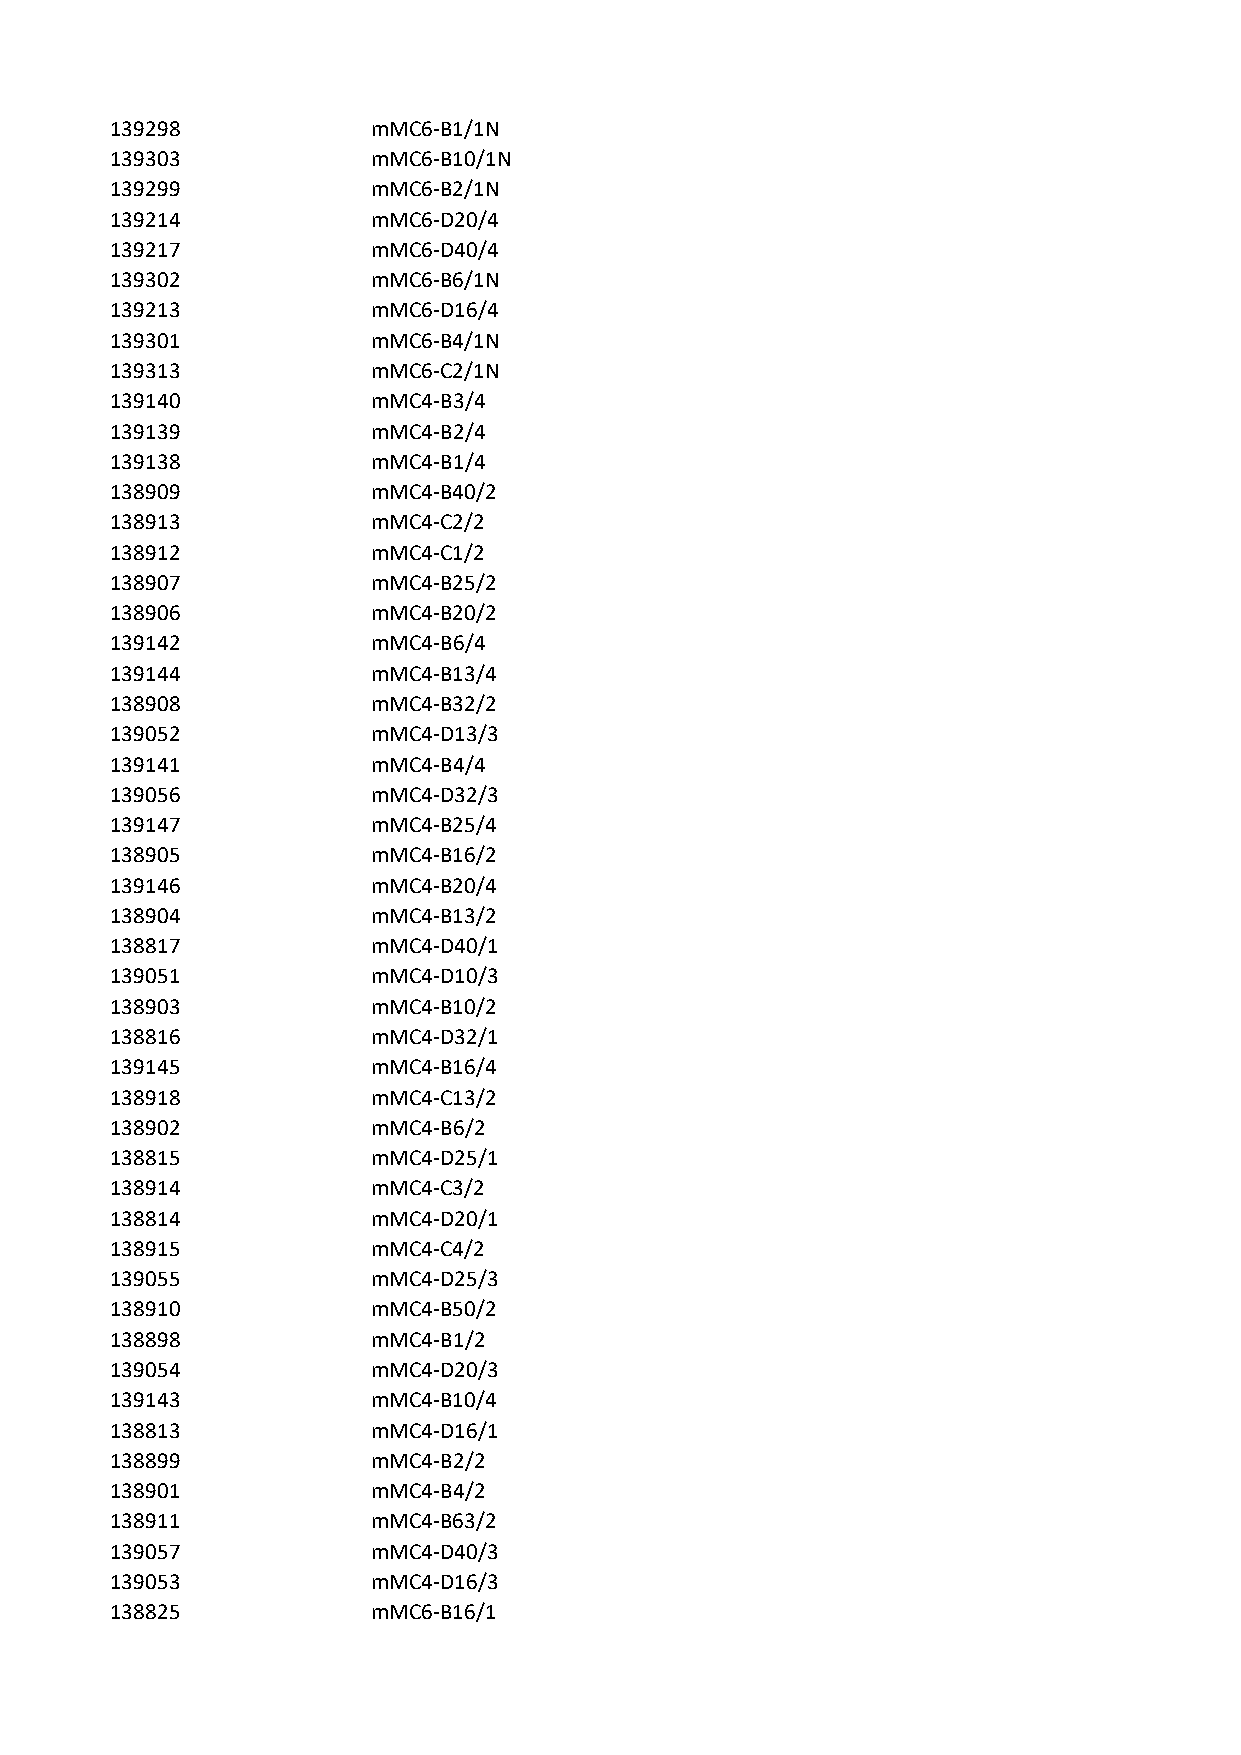
139298            mMC6-B1/1N
 139303            mMC6-B10/1N
 139299            mMC6-B2/1N
 139214            mMC6-D20/4
 139217            mMC6-D40/4
 139302            mMC6-B6/1N
 139213            mMC6-D16/4
 139301            mMC6-B4/1N
 139313            mMC6-C2/1N
 139140            mMC4-B3/4
 139139            mMC4-B2/4
 139138            mMC4-B1/4
 138909            mMC4-B40/2
 138913            mMC4-C2/2
 138912            mMC4-C1/2
 138907            mMC4-B25/2
 138906            mMC4-B20/2
 139142            mMC4-B6/4
 139144            mMC4-B13/4
 138908            mMC4-B32/2
 139052            mMC4-D13/3
 139141            mMC4-B4/4
 139056            mMC4-D32/3
 139147            mMC4-B25/4
 138905            mMC4-B16/2
 139146            mMC4-B20/4
 138904            mMC4-B13/2
 138817            mMC4-D40/1
 139051            mMC4-D10/3
 138903            mMC4-B10/2
 138816            mMC4-D32/1
 139145            mMC4-B16/4
 138918            mMC4-C13/2
 138902            mMC4-B6/2
 138815            mMC4-D25/1
 138914            mMC4-C3/2
 138814            mMC4-D20/1
 138915            mMC4-C4/2
 139055            mMC4-D25/3
 138910            mMC4-B50/2
 138898            mMC4-B1/2
 139054            mMC4-D20/3
 139143            mMC4-B10/4
 138813            mMC4-D16/1
 138899            mMC4-B2/2
 138901            mMC4-B4/2
 138911            mMC4-B63/2
 139057            mMC4-D40/3
 139053            mMC4-D16/3
 138825            mMC6-B16/1